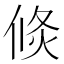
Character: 倐